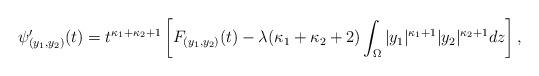
LaTeX: \begin{align*} \psi_{(y_1, y_2)}^{\prime}(t) = t^{\kappa_1 + \kappa_2 + 1}\left[F_{(y_1, y_2)}(t) - \lambda(\kappa_1 + \kappa_2 + 2)\int_{\Omega}\vert y_1\vert^{\kappa_1 + 1}\vert y_2\vert^{\kappa_2 + 1}dz\right],\end{align*}